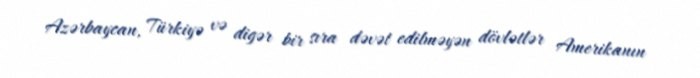
Azərbaycan, Türkiyə və digər bir sıra dəvət edilməyən dövlətlər Amerikanın